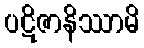
ပဋိဇာနိဿာမိ